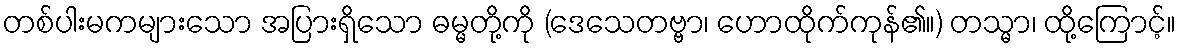
တစ်ပါးမကများသော အပြားရှိသော ဓမ္မတို့ကို (ဒေသေတဗ္ဗာ၊ ဟောထိုက်ကုန်၏။) တသ္မာ၊ ထို့ကြောင့်။